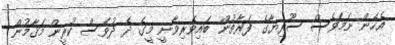
އެހެން ނަމަވެސް ސޫރިޔާގެ ފަރާތުން ބައިވެރިވާނީ މީގެ ދެ ދުވަސް ކުރީން މަޤާމުން